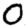
Digit: 0